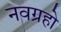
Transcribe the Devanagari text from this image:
नवग्रहो